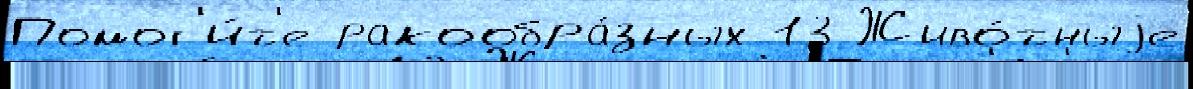
Помог'и́т'е ракообра́зных 13 Живо́тныjе